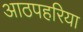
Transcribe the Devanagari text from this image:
आठपहरिया